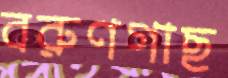
বরুণগাছ